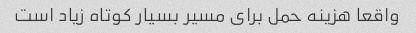
واقعا هزینه حمل برای مسیر بسیار کوتاه زیاد است